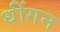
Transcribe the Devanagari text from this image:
धींगन